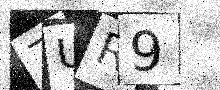
Text: ZUR9